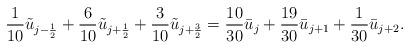
LaTeX: \begin{align*} \frac{1}{10}\tilde{u}_{j-\frac{1}{2}}+\frac{6}{10}\tilde{u}_{j+\frac{1}{2}}+\frac{3}{10}\tilde{u}_{j+\frac{3}{2}}=\frac{10}{30}\bar{u}_{j}+\frac{19}{30}\bar{u}_{j+1}+\frac{1}{30}\bar{u}_{j+2}.\end{align*}